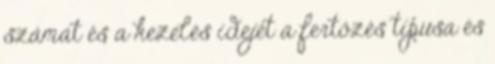
számát és a kezelés idejét a fertőzés típusa és